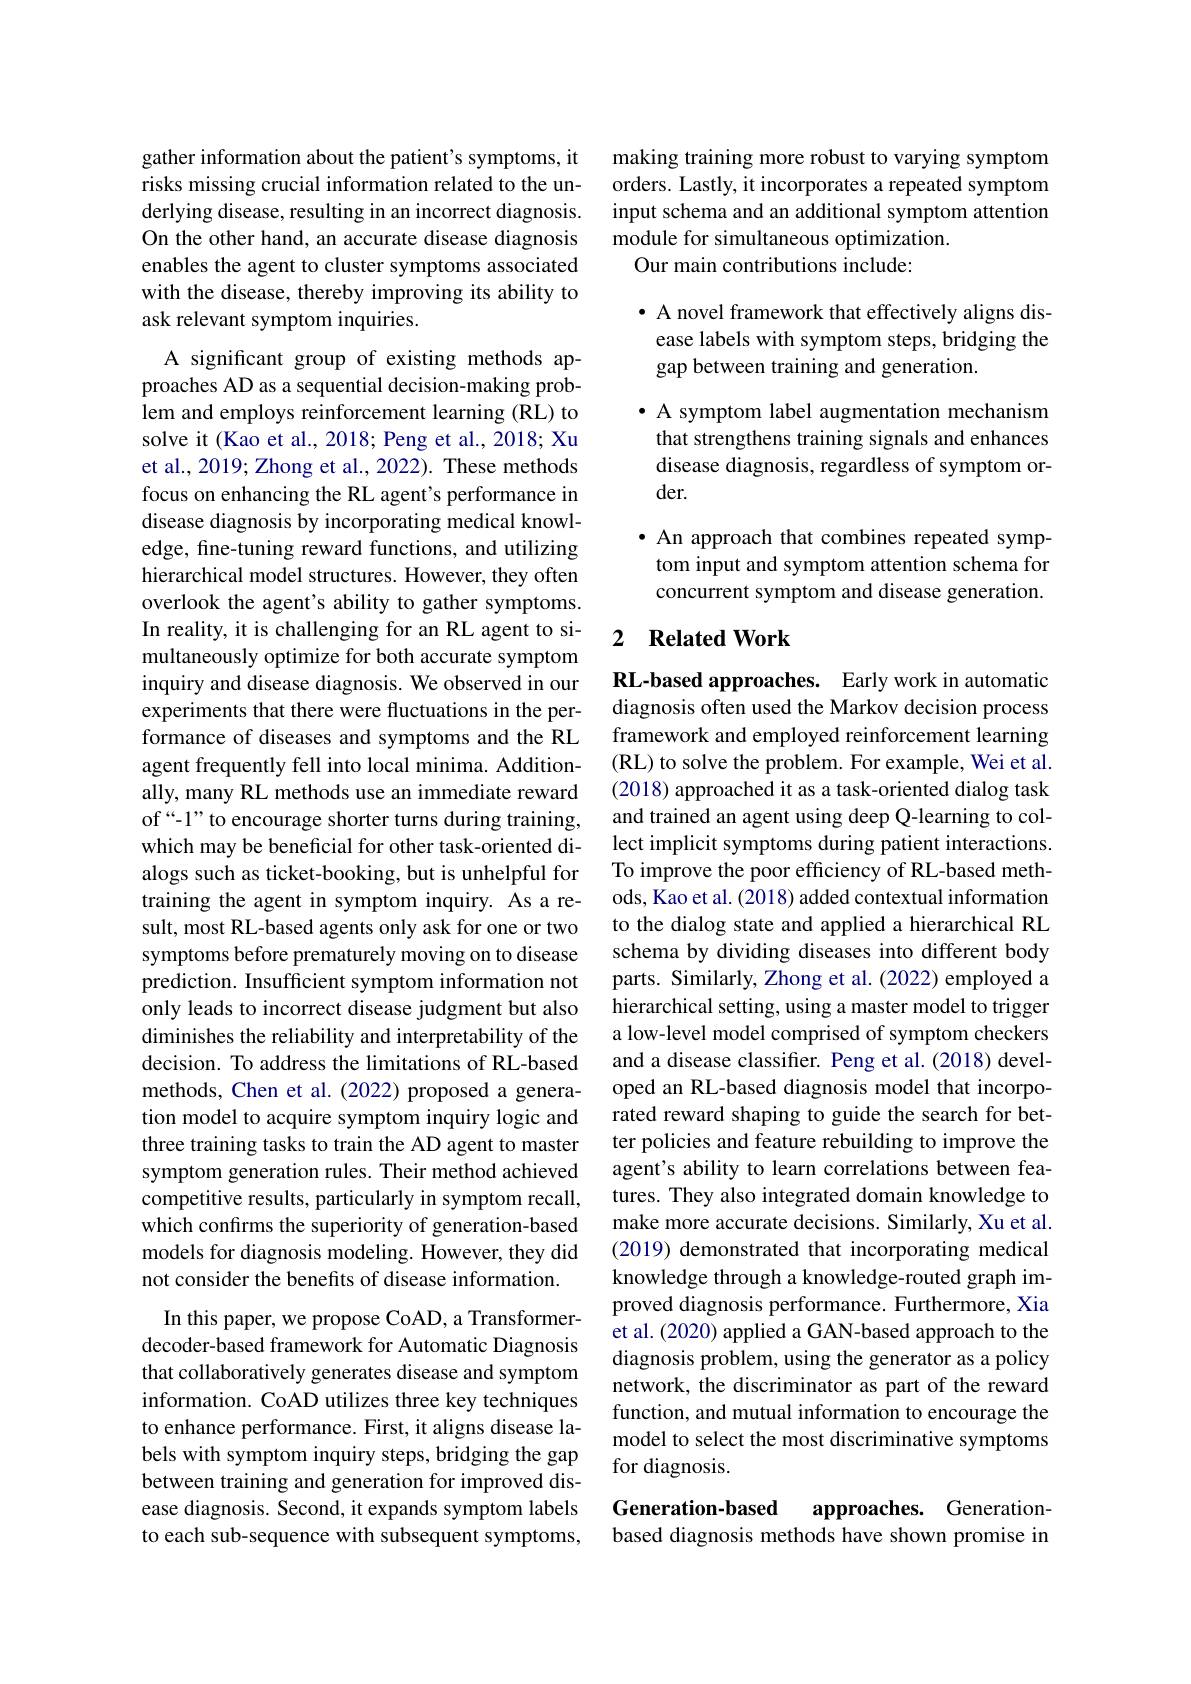
gather information about the patient's symptoms, it risks missing crucial information related to the underlying disease, resulting in an incorrect diagnosis. On the other hand, an accurate disease diagnosis enables the agent to cluster symptoms associated with the disease, thereby improving its ability to ask relevant symptom inquiries.
A significant group of existing methods approaches AD as a sequential decision-making problem and employs reinforcement learning (RL) to solve it (Kao et al., 2018; Peng et al., 2018; Xu et al., 2019; Zhong et al., 2022). These methods focus on enhancing the RL agent's performance in disease diagnosis by incorporating medical knowledge, fine-tuning reward functions, and utilizing hierarchical model structures. However, they often overlook the agent's ability to gather symptoms. In reality, it is challenging for an RL agent to simultaneously optimize for both accurate symptom inquiry and disease diagnosis. We observed in our experiments that there were fluctuations in the performance of diseases and symptoms and the RL agent frequently fell into local minima. Additionally, many RL methods use an immediate reward of“-1” to encourage shorter turns during training, which may be beneficial for other task-oriented dialogs such as ticket-booking, but is unhelpful for training the agent in symptom inquiry. As a result, most RL-based agents only ask for one or two symptoms before prematurely moving on to disease prediction. Insufficient symptom information not only leads to incorrect disease judgment but also diminishes the reliability and interpretability of the decision. To address the limitations of RL-based methods, Chen et al.(2022) proposed a generation model to acquire symptom inquiry logic and three training tasks to train the AD agent to master symptom generation rules. Their method achieved competitive results, particularly in symptom recall, which confirms the superiority of generation-based models for diagnosis modeling. However, they did not consider the benefits of disease information.
In this paper, we propose CoAD, a Transformerdecoder-based framework for Automatic Diagnosis that collaboratively generates disease and symptom information. CoAD utilizes three key techniques to enhance performance. First, it aligns disease labels with symptom inquiry steps, bridging the gap between training and generation for improved disease diagnosis. Second, it expands symptom labels to each sub-sequence with subsequent symptoms,

making training more robust to varying symptom orders. Lastly, it incorporates a repeated symptom input schema and an additional symptom attention module for simultaneous optimization.
Our main contributions include:

· A novel framework that effectively aligns disease labels with symptom steps, bridging the gap between training and generation.

· A symptom label augmentation mechanism that strengthens training signals and enhances disease diagnosis, regardless of symptom order.

·An approach that combines repeated symp-
tom input and symptom attention schema for concurrent symptom and disease generation.

### 2 $\textbf{Related Work}$

RL-based approaches. Early work in automatic diagnosis often used the Markov decision process framework and employed reinforcement learning (RL) to solve the problem. For example, Wei et al. (2018) approached it as a task-oriented dialog task and trained an agent using deep Q-learning to collect implicit symptoms during patient interactions. To improve the poor efficiency of RL-based methods, Kao et al. (2018) added contextual information to the dialog state and applied a hierarchical RL schema by dividing diseases into different body parts. Similarly, Zhong et al. (2022) employed a hierarchical setting, using a master model to trigger a low-level model comprised of symptom checkers and a disease classifier. Peng et al.(2018) developed an RL-based diagnosis model that incorporated reward shaping to guide the search for better policies and feature rebuilding to improve the agent's ability to learn correlations between features. They also integrated domain knowledge to make more accurate decisions. Similarly, Xu et al. (2019) demonstrated that incorporating medical knowledge through a knowledge-routed graph improved diagnosis performance. Furthermore, Xia et al. (2020) applied a GAN-based approach to the diagnosis problem, using the generator as a policy network, the discriminator as part of the reward function, and mutual information to encourage the model to select the most discriminative symptoms for diagnosis.
Generation-based approaches. Generation-

based diagnosis methods have shown promise in